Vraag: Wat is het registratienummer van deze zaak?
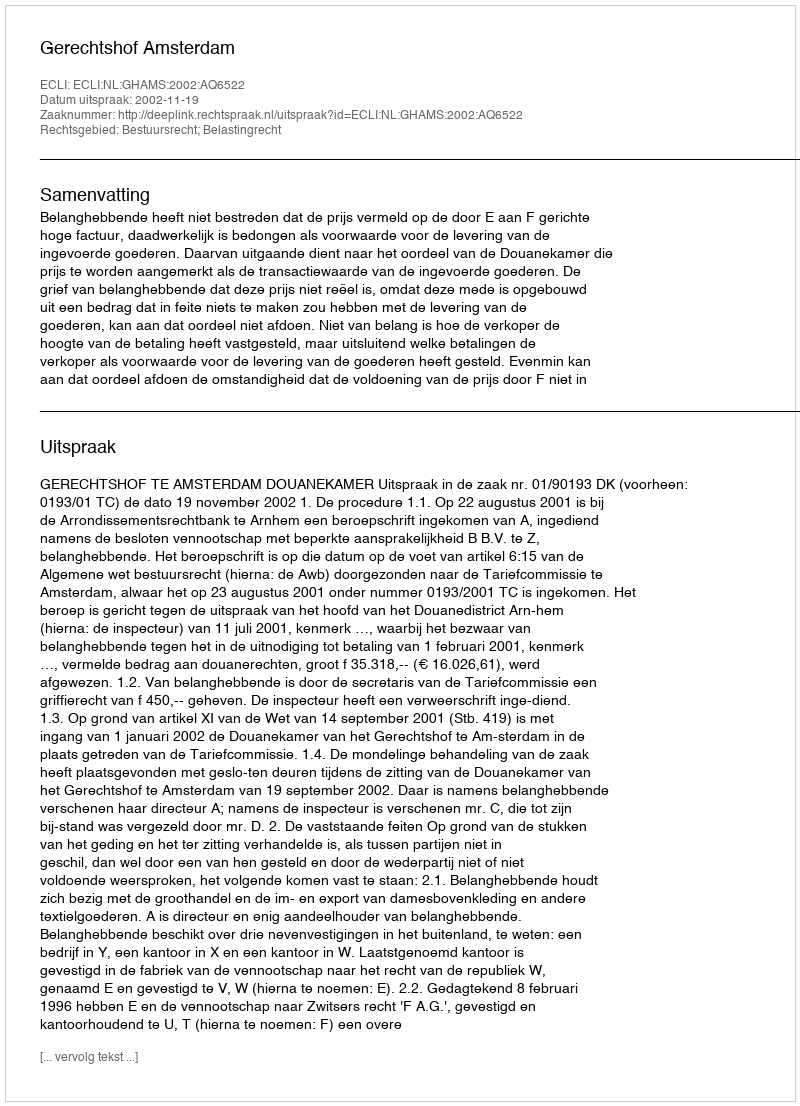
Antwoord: http://deeplink.rechtspraak.nl/uitspraak?id=ECLI:NL:GHAMS:2002:AQ6522